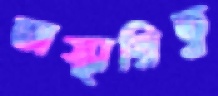
অস্থায়িত্ব